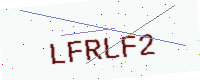
Text: LFRLF2